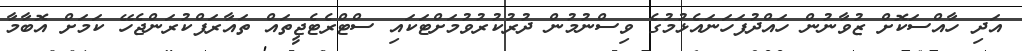
އަދި ހާއްސަކޮށް ޒުވާނުން ހައްދުފަހަނައެޅުމުގެ ވިސްނުމުން ދުރުކުރުވުމަށްޓަކައި ސްޓްރެޓެޖީތައް ތައާރަފްކުރަންޖެހޭ ކަމަށް އޮބާމާ